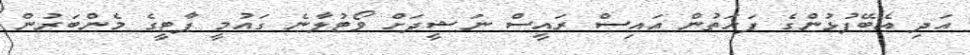
އަދި އެބޭފުޅުންގެ ފަހަތުން އައިސް ރައީސް ނަޝީދަށް ވޯޓުލާނެ ގައުމީ ޕާޓީގެ މެންބަރުން